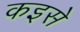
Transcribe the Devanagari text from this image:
कइसे